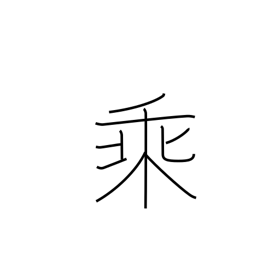
Meaning: multiplication